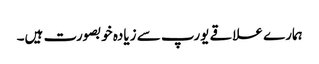
ہمارے علاقے یورپ سے زیادہ خوبصورت ہیں۔